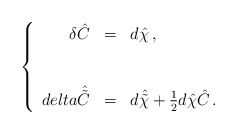
\begin{align*}\left\{\begin{array}{rcl}\delta\hat{C} & = & d\hat{\chi}\, ,\\& & \\\\delta\hat{\tilde{C}} & = & d\hat{\tilde{\chi}} +\frac{1}{2}d\hat{\chi}\hat{C}\, .\\\end{array}\right.\end{align*}